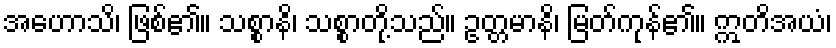
အဟောသိ၊ ဖြစ်၏။ သစ္စာနိ၊ သစ္စာတို့သည်။ ဥတ္တမာနိ၊ မြတ်ကုန်၏။ ဣတိအယံ၊